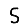
Digit: 5